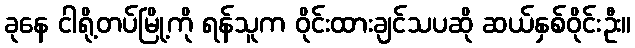
ခုနေ ငါရို့တပ်မြို့ကို ရန်သူက ဝိုင်းထားချင်သပဆို ဆယ်နှစ်ဝိုင်းဦး။